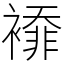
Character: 䙣